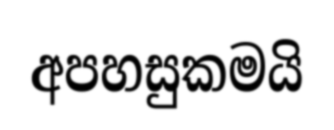
අපහසුකමයි